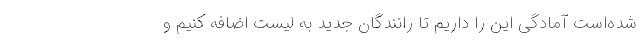
شده‌است آمادگی این را داریم تا رانندگان جدید به لیست اضافه کنیم و